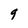
Character: 9